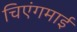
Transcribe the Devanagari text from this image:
चिएंगमाई